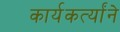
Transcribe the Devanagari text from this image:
कार्यकर्त्यांने